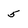
Character: 5